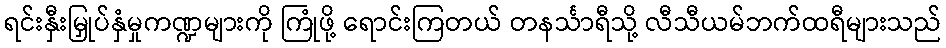
ရင်းနှီးမြှုပ်နှံမှုကဏ္ဍများကို ကြုံဖို့ ရောင်းကြတယ် တနင်္သာရီသို့ လီသီယမ်ဘက်ထရီများသည်